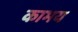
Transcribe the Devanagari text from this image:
काभय